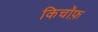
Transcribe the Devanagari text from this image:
किचॉफ़